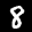
Label: 8